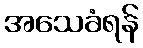
အသေခံရန်